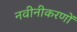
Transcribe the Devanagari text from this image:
नवीनीकरणों